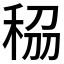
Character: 𥞮